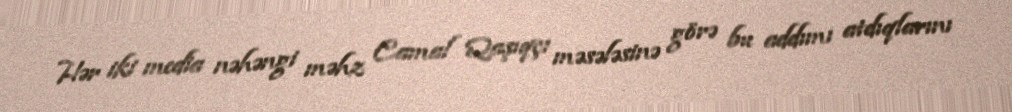
Hər iki media nəhəngi məhz Camal Qaşıqçı məsələsinə görə bu addımı atdıqlarını